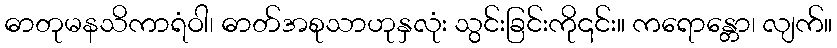
ဓာတုမနသိကာရံဝါ၊ ဓာတ်အစုသာဟုနှလုံး သွင်းခြင်းကို၎င်း။ ကရောန္တော၊ လျက်။